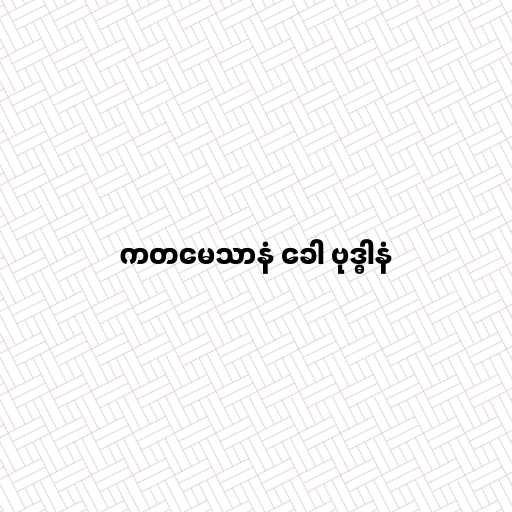
ကတမေသာနံ ခေါ ဗုဒ္ဓါနံ